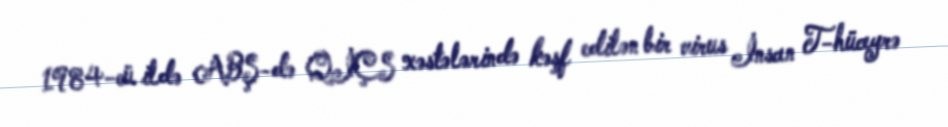
1984-cü ildə ABŞ-də QİÇS xəstələrində kəşf edilən bir virus İnsan T-hüceyrə